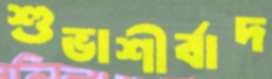
শুভাশীর্বাদ